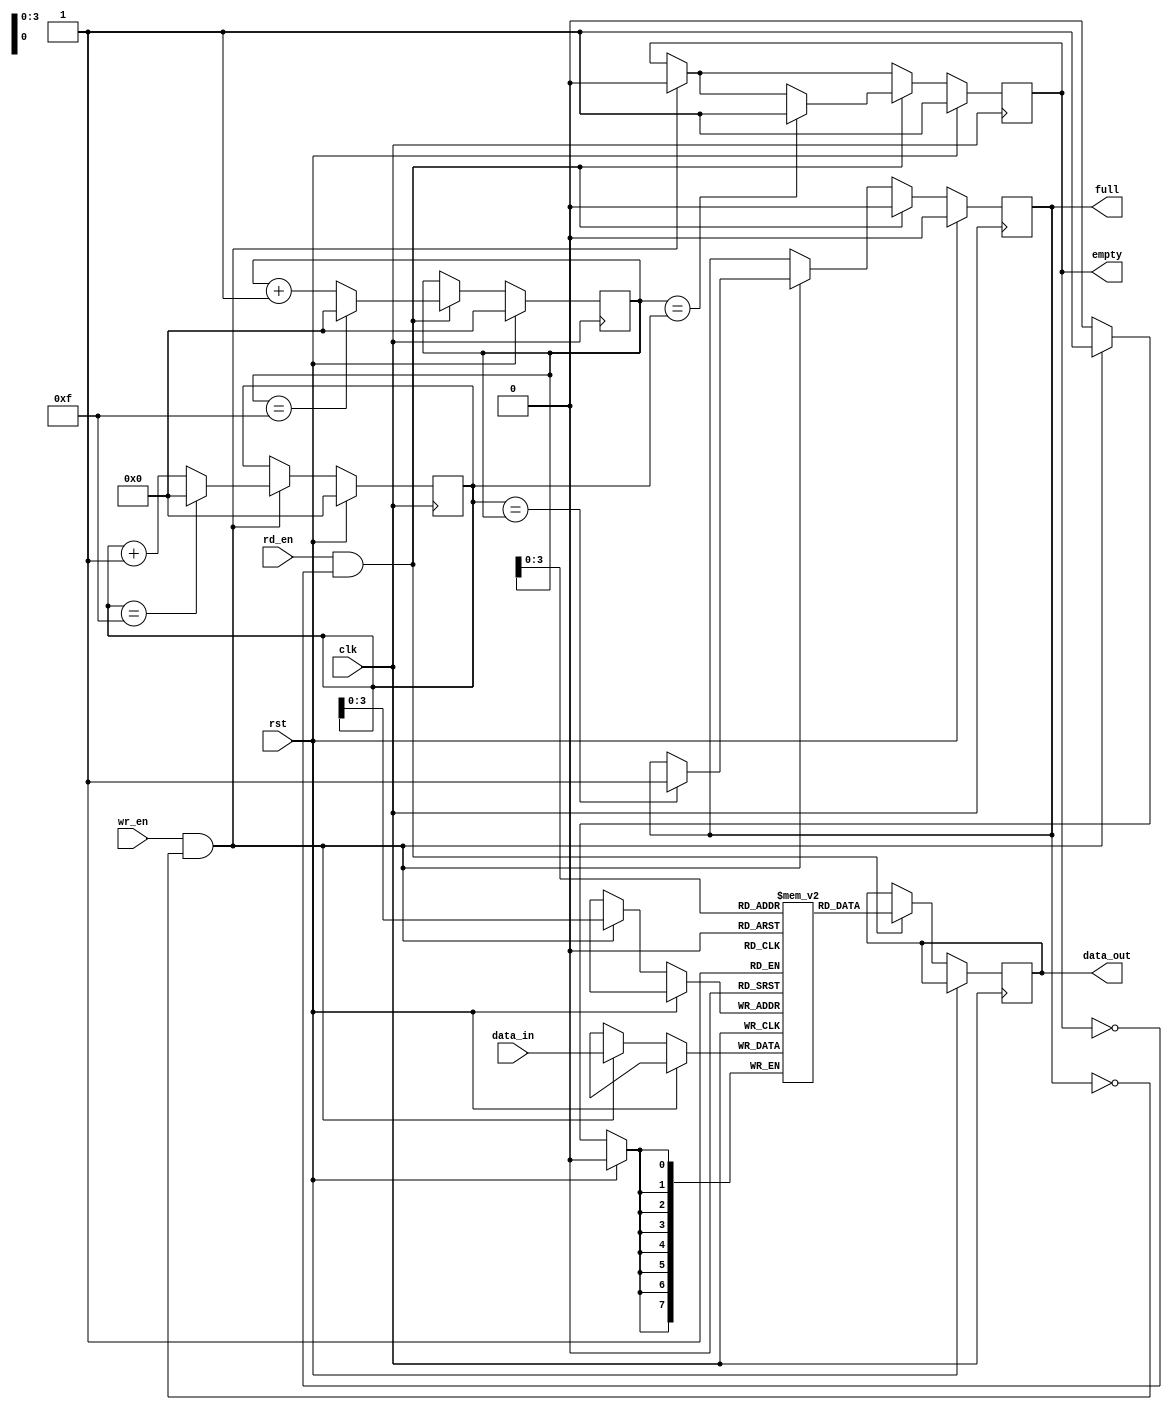
module fifo #
(
  parameter DEPTH = 16, // FIFO size
  parameter WIDTH = 8   // Data width
)
(
  input wire clk,
  input wire rst,
  input wire rd_en,
  input wire wr_en,
  input wire [WIDTH-1:0] data_in,
  output reg [WIDTH-1:0] data_out,
  output reg empty,
  output reg full
);

reg [(WIDTH-1):0] fifo [DEPTH-1:0];
reg [(DEPTH-1):0] write_ptr = 0;
reg [(DEPTH-1):0] read_ptr = 0;

always @(posedge clk) begin
  if (rst) begin
    empty <= 1'b1;
    full <= 1'b0;
    write_ptr <= 0;
    read_ptr <= 0;
  end else begin
    if (wr_en && !full) begin
      fifo[write_ptr] <= data_in;
      write_ptr <= write_ptr + 1;
      if (write_ptr == (DEPTH-1)) begin
        write_ptr <= 0;
      end
      empty <= 1'b0;
      if (write_ptr == read_ptr) begin
        full <= 1'b1;
      end
    end
    if (rd_en && !empty) begin
      data_out <= fifo[read_ptr];
      read_ptr <= read_ptr + 1;
      if (read_ptr == (DEPTH-1)) begin
        read_ptr <= 0;
      end
      full <= 1'b0;
      if (read_ptr == write_ptr) begin
        empty <= 1'b1;
      end
    end
  end
end

endmodule